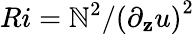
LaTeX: Ri=\mathbb{N}^{2}/\left(\partial_{\mathbf{z}}u\right)^{2}